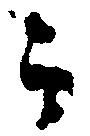
か